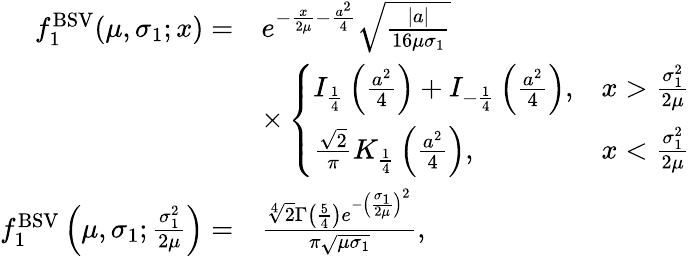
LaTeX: \begin{array}{rl}{f_{1}^{\mathrm{BSV}}(\mu,\sigma_{1};x)=}&{e^{-\frac{x}{2\mu}-\frac{a^{2}}4}\sqrt{\frac{|a|}{16\mu\sigma_{1}}}}\\ &{\times\left\{ \begin{array}{ll}{I_{\frac{1}{4}}\left(\frac{a^{2}}{4}\right)+I_{-\frac{1}{4}}\left(\frac{a^{2}}{4}\right),}&{x>\frac{\sigma_{1}^{2}}{2\mu}}\\ {\frac{\sqrt 2}{\pi}K_{\frac{1}{4}}\left(\frac{a^{2}}{4}\right),}&{x<\frac{\sigma_{1}^{2}}{2\mu}}\end{array}\right.}\\ {f_{1}^{\mathrm{BSV}}\left(\mu,\sigma_{1};\frac{\sigma_{1}^{2}}{2\mu}\right)=}&{\frac{\sqrt[4]{2}\Gamma\left(\frac{5}{4}\right)e^{-\left(\frac{\sigma_{1}}{2\mu}\right)^{2}}}{\pi\sqrt{\mu\sigma_{1}}},}\end{array}